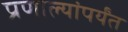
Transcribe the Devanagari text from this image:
प्रणाल्यांपर्यंत